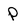
Character: P